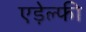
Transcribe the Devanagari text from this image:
एड़ेल्फी